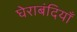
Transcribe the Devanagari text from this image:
घेराबंदियाँ